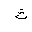
Letter: _tha